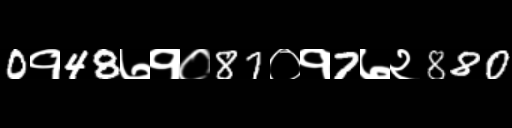
Text: 0१48७१०87०१7७२880